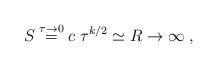
LaTeX: \begin{align*}S \buildrel{\tau \to 0}\over= c\; \tau^{k/2} \simeq R \to \infty \; ,\end{align*}